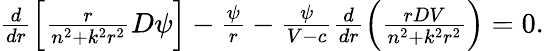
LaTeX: \begin{array}{r}{\frac{d}{dr}\left[\frac{r}{n^{2}+k^{2}r^{2}}D\psi\right]-\frac{\psi}{r}-\frac{\psi}{V-c}\frac{d}{dr}\left(\frac{rDV}{n^{2}+k^{2}r^{2}}\right)=0.}\end{array}